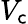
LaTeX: V_{\mathsf{c}}